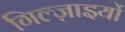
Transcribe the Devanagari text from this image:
गिल्ज़ाइयों